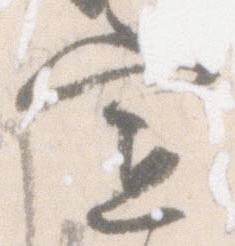
宣